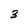
Character: 3